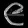
Digit: ၉